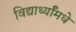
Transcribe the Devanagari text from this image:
विद्यार्थ्याँमधे